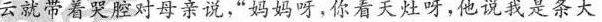
云就带着哭腔对母亲说，妈妈呀，你看天灶呀，他说我是条大